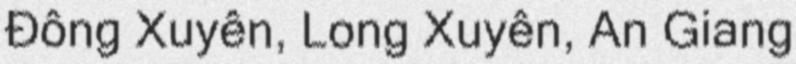
Đông Xuyên, Long Xuyên, An Giang